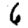
Digit: 6